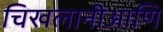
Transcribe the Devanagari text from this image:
चिखलानीआणि